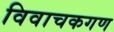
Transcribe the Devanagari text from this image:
विवाचकगण